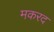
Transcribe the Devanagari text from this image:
मकरद